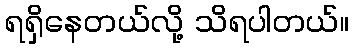
ရရှိနေတယ်လို့ သိရပါတယ်။